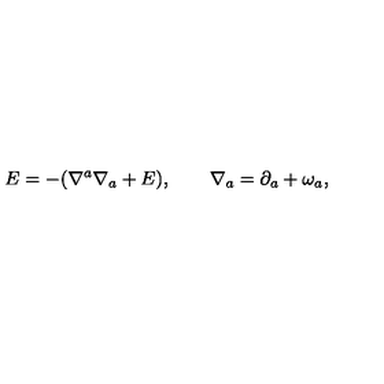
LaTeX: E = - ( \nabla ^ { a } \nabla _ { a } + E ) , \qquad \nabla _ { a } = \partial _ { a } + \omega _ { a } ,